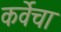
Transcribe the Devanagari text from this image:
कर्वेचा